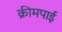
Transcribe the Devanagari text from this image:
क्रीमपाई